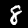
Digit: 8